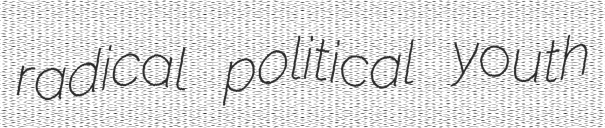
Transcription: radical political youth